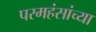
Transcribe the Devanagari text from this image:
परमहंसांच्या